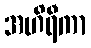
အဟိရီကာ